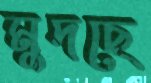
মুদছে